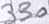
Text: 330